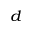
^ d